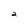
Character: 2